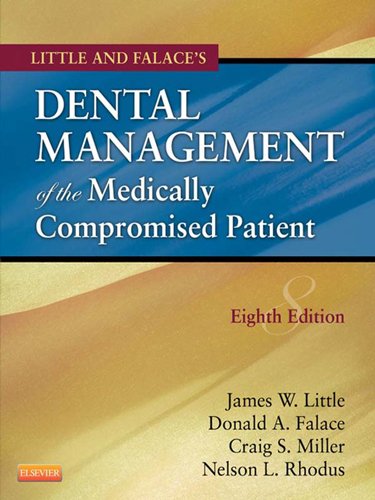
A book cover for Little and Falace's Dental Management of the Medically Compromised Patient, 8e (Little, Dental Management of the Medically Compromised Patient); James W. Little DMD  MS; Medical Books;